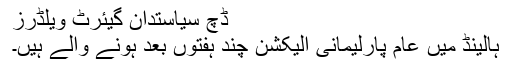
ڈچ سیاستدان گیئرٹ ویلڈرز
ہالینڈ میں عام پارلیمانی الیکشن چند ہفتوں بعد ہونے والے ہیں۔